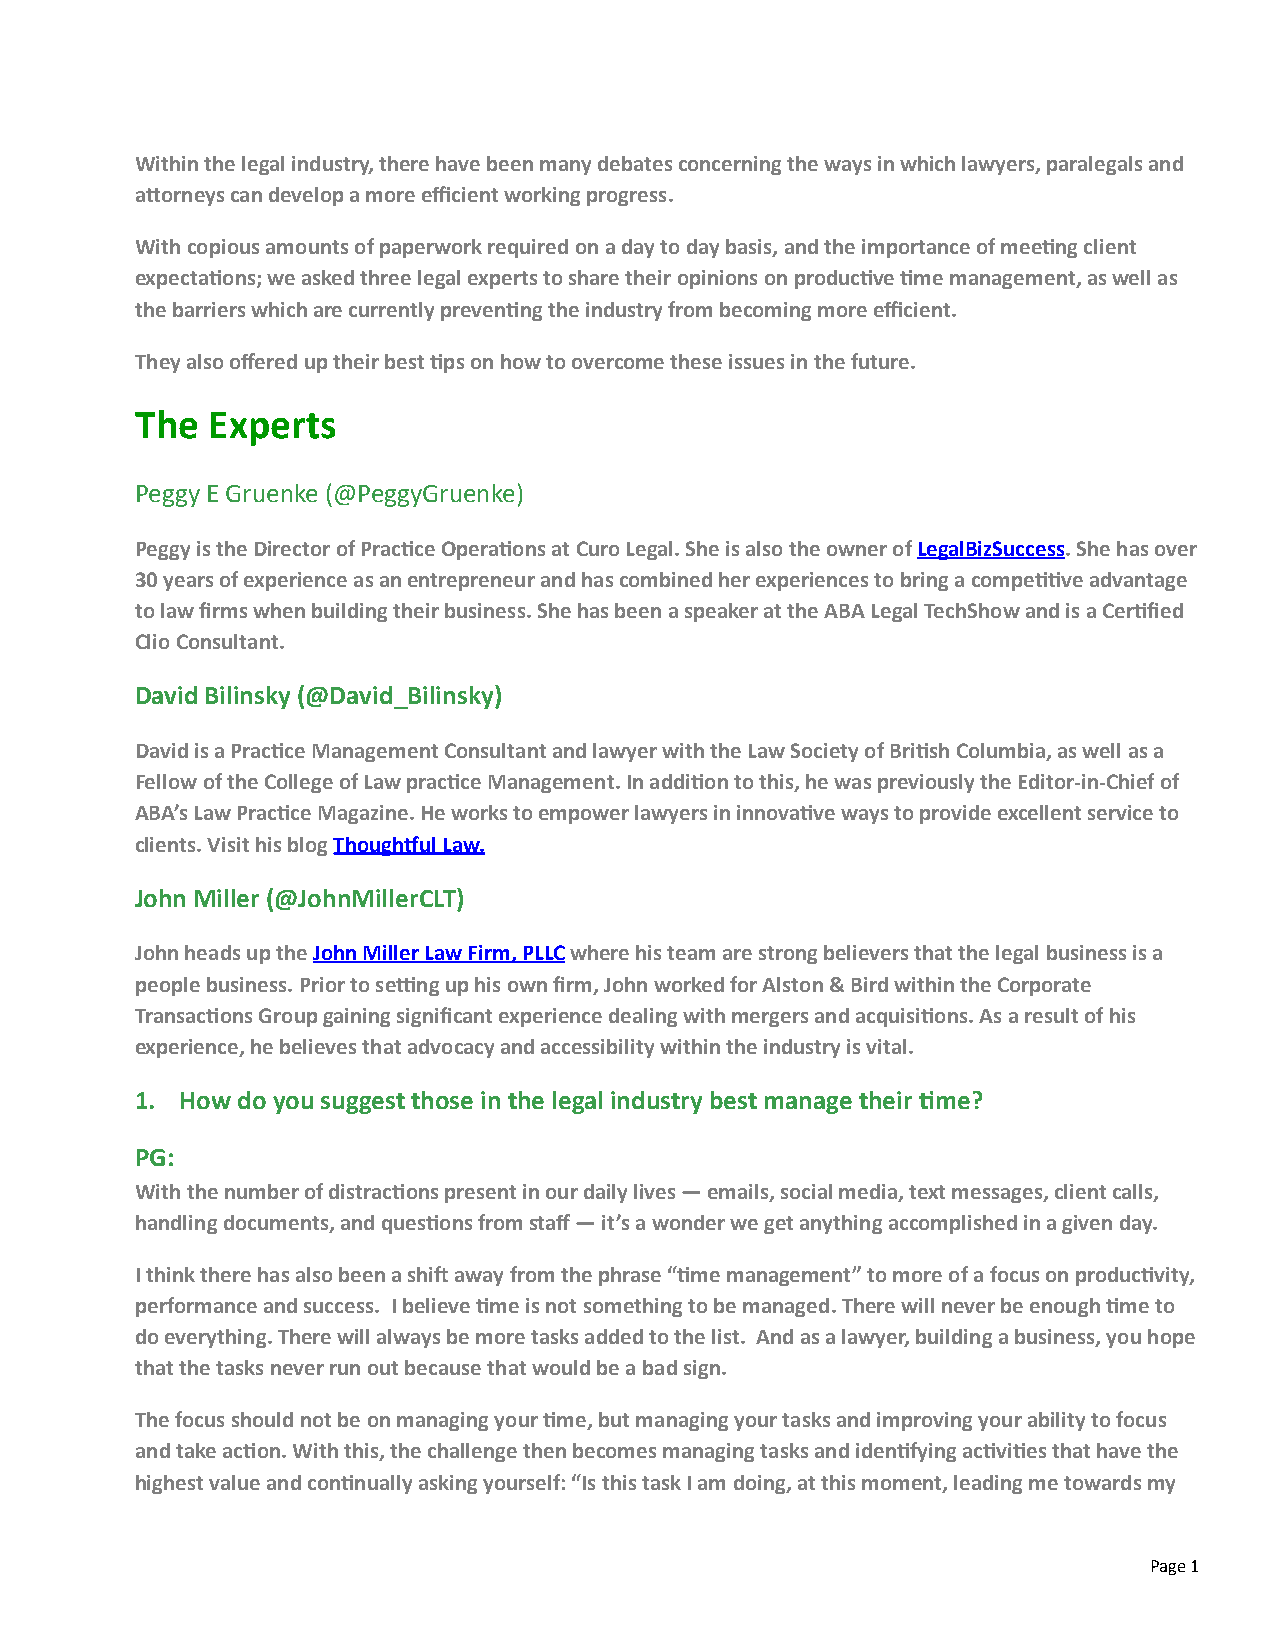
Within the legal industry, there have been many debates concerning the ways in which lawyers, paralegals and
 aJorneys can develop a more efficient working progress.
 With copious amounts of paperwork required on a day to day basis, and the importance of meeNng client
 expectaNons; we asked three legal experts to share their opinions on producNve Nme management, as well as
 the barriers which are currently prevenNng the industry from becoming more efficient.
 They also offered up their best Nps on how to overcome these issues in the future.
 The  Experts
 Peggy E Gruenke (@PeggyGruenke)
 Peggy is the Director of PracNce OperaNons at Curo Legal. She is also the owner of LegalBizSuccess. She has over
 30 years of experience as an entrepreneur and has combined her experiences to bring a compeNNve advantage
 to law firms when building their business. She has been a speaker at the ABA Legal TechShow and is a CerNfied
 Clio Consultant.
 David Bilinsky (@David_Bilinsky)
 David is a PracNce Management Consultant and lawyer with the Law Society of BriNsh Columbia, as well as a
 Fellow of the College of Law pracNce Management. In addiNon to this, he was previously the Editor-­‐in-­‐Chief of
 ABA’s Law PracNce Magazine. He works to empower lawyers in innovaNve ways to provide excellent service to
 clients. Visit his blog Though_ul Law.
 John Miller (@JohnMillerCLT)
 John heads up the John Miller Law Firm, PLLC where his team are strong believers that the legal business is a
 people business. Prior to se‘ng up his own firm, John worked for Alston & Bird within the Corporate
 TransacNons Group gaining significant experience dealing with mergers and acquisiNons. As a result of his
 experience, he believes that advocacy and accessibility within the industry is vital.
 1. How do you suggest those in the legal industry best manage their Nme?
 PG:
 With the number of distracNons present in our daily lives — emails, social media, text messages, client calls,
 handling documents, and quesNons from staff — it’s a wonder we get anything accomplished in a given day.
 I think there has also been a shid away from the phrase “Nme management” to more of a focus on producNvity,
 performance and success. I believe Nme is not something to be managed. There will never be enough Nme to
 do everything. There will always be more tasks added to the list. And as a lawyer, building a business, you hope
 that the tasks never run out because that would be a bad sign.
 The focus should not be on managing your Nme, but managing your tasks and improving your ability to focus
 and take acNon. With this, the challenge then becomes managing tasks and idenNfying acNviNes that have the
 highest value and conNnually asking yourself: “Is this task I am doing, at this moment, leading me towards my
 Page 1